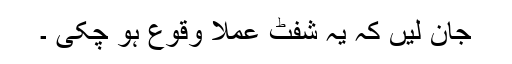
جان لیں کہ یہ شِفٹ عملاً وقوع ہو چکی ۔